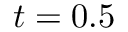
t = 0 . 5